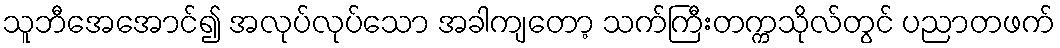
သူဘီအေအောင်၍ အလုပ်လုပ်သော အခါကျတော့ သက်ကြီးတက္ကသိုလ်တွင် ပညာတဖက်